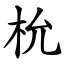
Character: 㭇